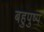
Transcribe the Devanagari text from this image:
बहुपुष्प